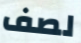
لصف